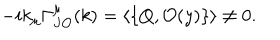
LaTeX: - i k _ { \mu } \Gamma _ { J \mathcal { O } } ^ { \mu } ( k ) = \langle \left\{ Q , \mathcal { O } ( y ) \right\} \rangle \neq 0 .